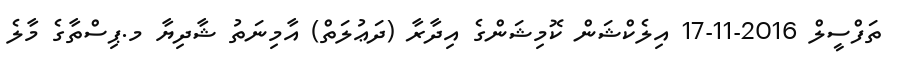
ތަފްސީލް 2016-11-17 އިލެކްޝަން ކޮމިޝަންގެ އިދާރާ (ދަޢުލަތް) އާމިނަތު ޝާދިޔާ މ.ޕިސްތާގެ މާލެ